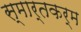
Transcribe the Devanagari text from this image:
स्मार्तकर्म